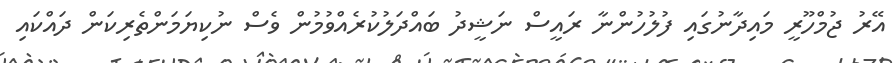
އޭރު ޖުމްހޫރީ މައިދާނުގައި ފުލުހުންނާ ރައީސް ނަޝީދު ބައްދަލުކުރެއްވުމުން ވެސް ނުކިޔަމަންތެރިކަން ދައްކައި